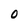
Character: 0